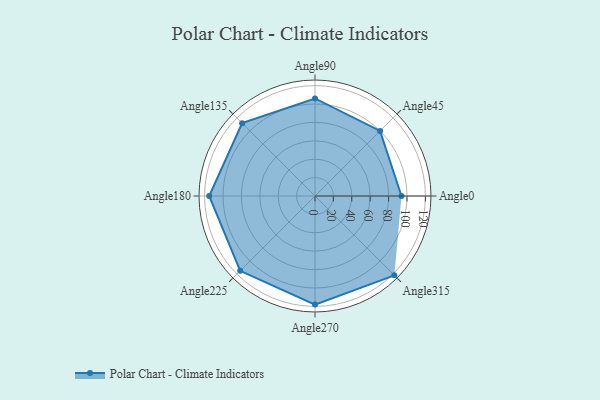
{"axis": {"x": "Angle", "y": "Radius"}, "legend": [""], "data": [{"x": "Angle0", "y": 94.0, "type": ""}, {"x": "Angle45", "y": 100.0, "type": ""}, {"x": "Angle90", "y": 106.0, "type": ""}, {"x": "Angle135", "y": 112.0, "type": ""}, {"x": "Angle180", "y": 115.0, "type": ""}, {"x": "Angle225", "y": 115.0, "type": ""}, {"x": "Angle270", "y": 118.0, "type": ""}, {"x": "Angle315", "y": 122.0, "type": ""}]}